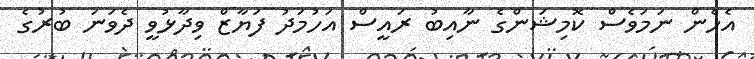
އެހެން ނަމަވެސް ކޮމިޝަންގެ ނާއިބު ރައީސް އަހުމަދު ފަޔާޒް ވިދާޅުވީ ދެވަނަ ބުރުގެ